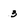
Character: 3